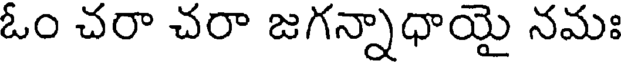
ఓం చరా చరా జగన్నాధాయై నమః